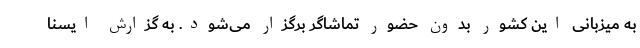
به میزبانی این کشور بدون حضور تماشاگر برگزار می‌شود. به گزارش ایسنا